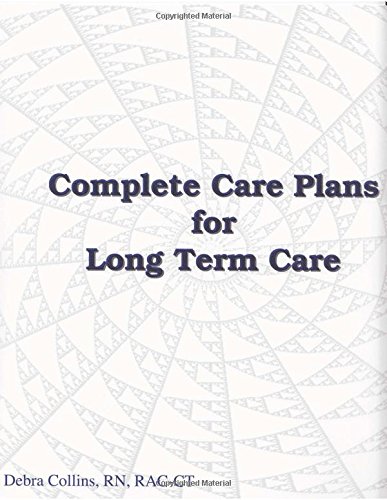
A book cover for Complete Care Plans for Long Term Care; RN, RAC-CT Debra Collins; Medical Books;